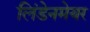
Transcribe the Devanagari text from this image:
लिंडेनमेयर